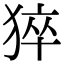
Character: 猝